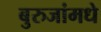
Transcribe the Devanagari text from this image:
बुरुजांमधे